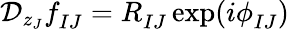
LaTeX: {\cal D}_{z_{J}}f_{IJ}^{}=R_{IJ}^{}\exp(i\phi_{IJ}^{})